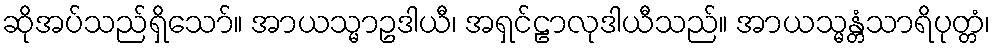
ဆိုအပ်သည်ရှိသော်။ အာယသ္မာဥဒါယီ၊ အရှင်ဠာလုဒါယီသည်။ အာယသ္မန္တံသာရိပုတ္တံ၊